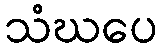
သံဃပေ